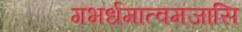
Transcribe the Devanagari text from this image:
गभर्धमात्वमजासि